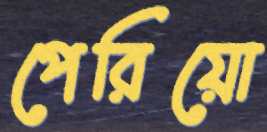
পেরিয়ো